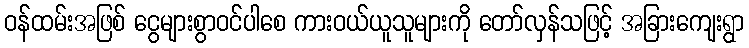
ဝန်ထမ်းအဖြစ် ငွေများစွာဝင်ပါစေ ကားဝယ်ယူသူများကို တော်လှန်သဖြင့် အခြားကျေးရွာ